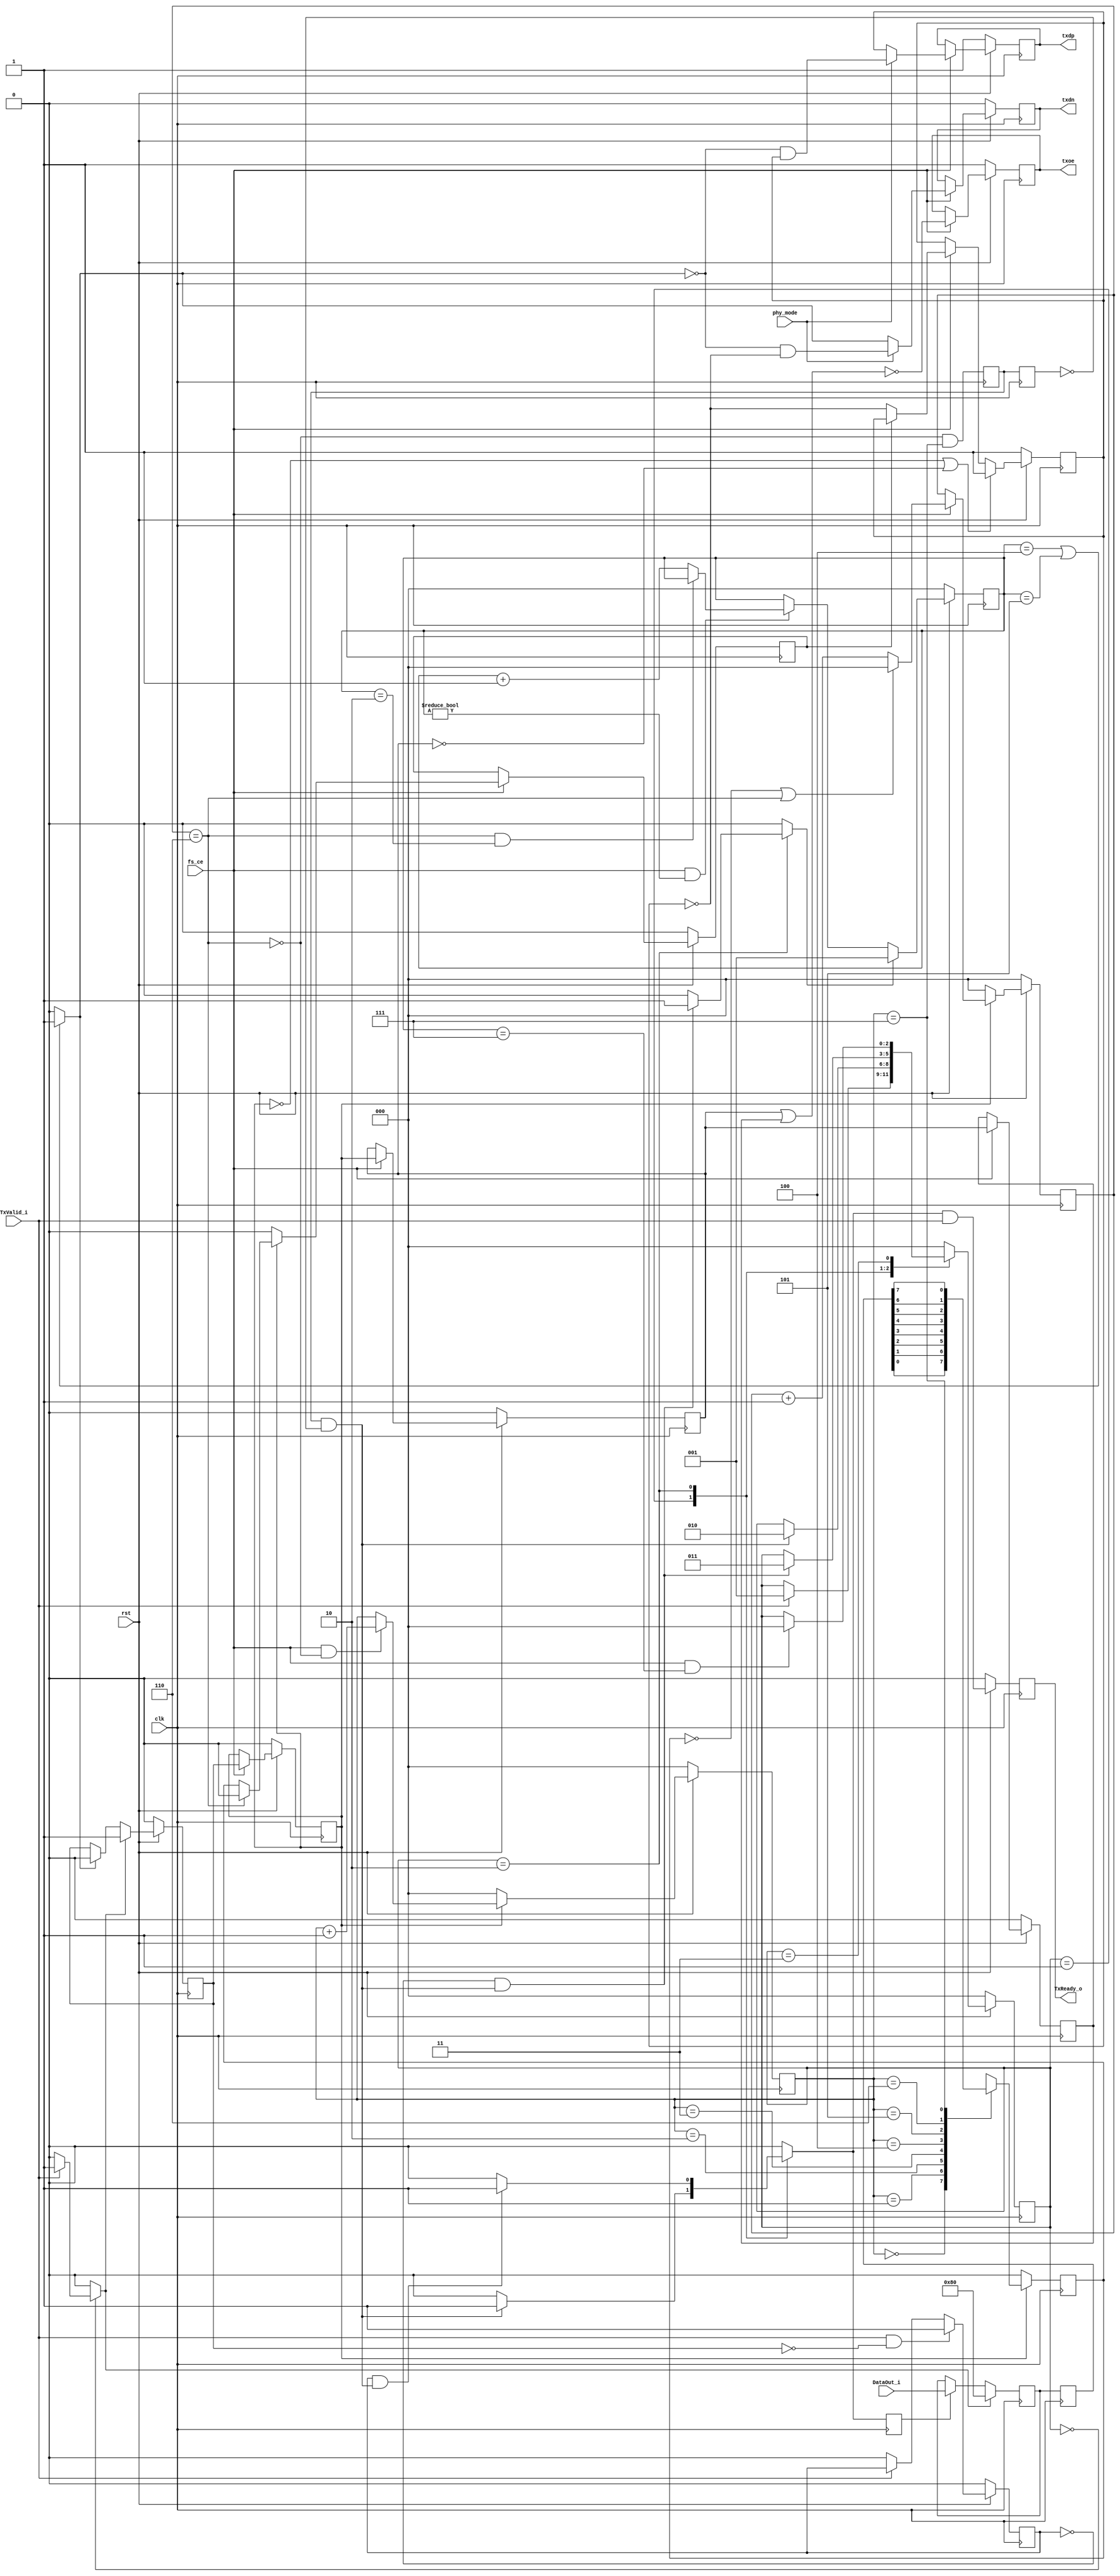
/////////////////////////////////////////////////////////////////////
////                                                             ////
////  USB 1.1 PHY                                                ////
////  TX                                                         ////
////                                                             ////
////                                                             ////
////          rudi@asics.ws                                      ////
////                                                             ////
////                                                             ////
////  Downloaded from: http://www.opencores.org/cores/usb_phy/   ////
////                                                             ////
/////////////////////////////////////////////////////////////////////
////                                                             ////
//// Copyright (C) 2000-2002 Rudolf Usselmann                    ////
////                         www.asics.ws                        ////
////                         rudi@asics.ws                       ////
////                                                             ////
//// This source file may be used and distributed without        ////
//// restriction provided that this copyright statement is not   ////
//// removed from the file and that any derivative work contains ////
//// the original copyright notice and the associated disclaimer.////
////                                                             ////
////     THIS SOFTWARE IS PROVIDED ``AS IS'' AND WITHOUT ANY     ////
//// EXPRESS OR IMPLIED WARRANTIES, INCLUDING, BUT NOT LIMITED   ////
//// TO, THE IMPLIED WARRANTIES OF MERCHANTABILITY AND FITNESS   ////
//// FOR A PARTICULAR PURPOSE. IN NO EVENT SHALL THE AUTHOR      ////
//// OR CONTRIBUTORS BE LIABLE FOR ANY DIRECT, INDIRECT,         ////
//// INCIDENTAL, SPECIAL, EXEMPLARY, OR CONSEQUENTIAL DAMAGES    ////
//// (INCLUDING, BUT NOT LIMITED TO, PROCUREMENT OF SUBSTITUTE   ////
//// GOODS OR SERVICES; LOSS OF USE, DATA, OR PROFITS; OR        ////
//// BUSINESS INTERRUPTION) HOWEVER CAUSED AND ON ANY THEORY OF  ////
//// LIABILITY, WHETHER IN  CONTRACT, STRICT LIABILITY, OR TORT  ////
//// (INCLUDING NEGLIGENCE OR OTHERWISE) ARISING IN ANY WAY OUT  ////
//// OF THE USE OF THIS SOFTWARE, EVEN IF ADVISED OF THE         ////
//// POSSIBILITY OF SUCH DAMAGE.                                 ////
////                                                             ////
/////////////////////////////////////////////////////////////////////

//  CVS Log
//
//  $Id: usb_tx_phy.v,v 1.4 2004-10-19 09:29:07 rudi Exp $
//
//  $Date: 2004-10-19 09:29:07 $
//  $Revision: 1.4 $
//  $Author: rudi $
//  $Locker:  $
//  $State: Exp $
//
// Change History:
//               $Log: not supported by cvs2svn $
//               Revision 1.3  2003/10/21 05:58:41  rudi
//               usb_rst is no longer or'ed with the incomming reset internally.
//               Now usb_rst is simply an output, the application can decide how
//               to utilize it.
//
//               Revision 1.2  2003/10/19 17:40:13  rudi
//               - Made core more robust against line noise
//               - Added Error Checking and Reporting
//               (See README.txt for more info)
//
//               Revision 1.1.1.1  2002/09/16 14:27:02  rudi
//               Created Directory Structure
//
//
//
//
//
//
//

module usb_tx_phy(
		clk, rst, fs_ce, phy_mode,
	
		// Transciever Interface
		txdp, txdn, txoe,	

		// UTMI Interface
		DataOut_i, TxValid_i, TxReady_o
		);

input		clk;
input		rst;
input		fs_ce;
input		phy_mode;
output		txdp, txdn, txoe;
input	[7:0]	DataOut_i;
input		TxValid_i;
output		TxReady_o;

///////////////////////////////////////////////////////////////////
//
// Local Wires and Registers
//

parameter IDLE	= 3'd0;
parameter SOP	= 3'h1;
parameter DATA	= 3'h2;
parameter EOP	= 3'h3;

reg		TxReady_o;
reg	[2:0]	state, next_state;
reg		tx_ready_d;
reg		ld_sop_d;
reg		ld_data_d;
reg		ld_eop_d;
reg		tx_ip;
reg		tx_ip_sync;
reg	[2:0]	bit_cnt;
reg	[7:0]	hold_reg;
reg	[7:0]	hold_reg_d;

reg	[2:0]	eop_cnt;
wire    eop_done;

reg		sd_raw_o;
wire		hold;
reg		data_done;
reg		sft_done;
reg		sft_done_r;
wire		sft_done_e;
reg		ld_data;
reg	[2:0]	one_cnt;
wire		stuff;
reg		sd_bs_o;
reg		sd_nrzi_o;
reg		txdp, txdn;
reg		txoe_r1, txoe_r2;
reg		txoe;

///////////////////////////////////////////////////////////////////
//
// Misc Logic
//

`ifdef USB_ASYNC_REST
always @(posedge clk or negedge rst)
`else
always @(posedge clk)
`endif
	if(!rst)	TxReady_o <= 1'b0;
	else		TxReady_o <= tx_ready_d & TxValid_i;

always @(posedge clk) ld_data <= ld_data_d;

///////////////////////////////////////////////////////////////////
//
// Transmit in progress indicator
//

`ifdef USB_ASYNC_REST
always @(posedge clk or negedge rst)
`else
always @(posedge clk)
`endif
	if(!rst)	tx_ip <= 1'b0;
	else
	if(ld_sop_d)	tx_ip <= 1'b1;
	else
	if(eop_done)	tx_ip <= 1'b0;

`ifdef USB_ASYNC_REST
always @(posedge clk or negedge rst)
`else
always @(posedge clk)
`endif
	if(!rst)		tx_ip_sync <= 1'b0;
	else
	if(fs_ce)		tx_ip_sync <= tx_ip;

// data_done helps us to catch cases where TxValid drops due to
// packet end and then gets re-asserted as a new packet starts.
// We might not see this because we are still transmitting.
// data_done should solve those cases ...
`ifdef USB_ASYNC_REST
always @(posedge clk or negedge rst)
`else
always @(posedge clk)
`endif
	if(!rst)			data_done <= 1'b0;
	else
	if(TxValid_i && ! tx_ip)	data_done <= 1'b1;
	else
	if(!TxValid_i)			data_done <= 1'b0;

///////////////////////////////////////////////////////////////////
//
// Shift Register
//

`ifdef USB_ASYNC_REST
always @(posedge clk or negedge rst)
`else
always @(posedge clk)
`endif
	if(!rst)		
	begin
	    bit_cnt <= 3'h0;
	end
	else
	if(!tx_ip_sync)		bit_cnt <= 3'h0;
	else
	if(fs_ce && !hold)
	begin	
	    bit_cnt <= bit_cnt + 3'h1;
	end

assign hold = stuff;

always @(posedge clk)
	if(!tx_ip_sync)		
	begin
	    sd_raw_o <= 1'b0;
	end
	else
	begin
	case(bit_cnt)	// synopsys full_case parallel_case
	   3'h0: sd_raw_o <= hold_reg_d[0];
	   3'h1: sd_raw_o <= hold_reg_d[1];
	   3'h2: sd_raw_o <= hold_reg_d[2];
	   3'h3: sd_raw_o <= hold_reg_d[3];
	   3'h4: sd_raw_o <= hold_reg_d[4];
	   3'h5: sd_raw_o <= hold_reg_d[5];
	   3'h6: sd_raw_o <= hold_reg_d[6];
	   3'h7: sd_raw_o <= hold_reg_d[7];
	endcase
	
`ifdef CONF_DISPLAY_USB_TX	
	if (fs_ce)
    case(bit_cnt)	// synopsys full_case parallel_case
	   3'h0: $display("\nTx0=%01d", hold_reg_d[0]);
	   3'h1: $display("Tx1=%01d", hold_reg_d[1]);
	   3'h2: $display("Tx2=%01d", hold_reg_d[2]);
	   3'h3: $display("Tx3=%01d", hold_reg_d[3]);
	   3'h4: $display("Tx4=%01d", hold_reg_d[4]);
	   3'h5: $display("Tx5=%01d", hold_reg_d[5]);
	   3'h6: $display("Tx6=%01d", hold_reg_d[6]);
	   3'h7: $display("Tx7=%01d", hold_reg_d[7]);
	endcase
`endif	
		
	end

always @(posedge clk)
	sft_done <= !hold & (bit_cnt == 3'h7);

always @(posedge clk)
	sft_done_r <= sft_done;

assign sft_done_e = sft_done & !sft_done_r;

// Out Data Hold Register
always @(posedge clk)
	if(ld_sop_d)	hold_reg <= 8'h80;
	else
	if(ld_data)	hold_reg <= DataOut_i;

always @(posedge clk) hold_reg_d <= hold_reg;

///////////////////////////////////////////////////////////////////
//
// Bit Stuffer
//

`ifdef USB_ASYNC_REST
always @(posedge clk or negedge rst)
`else
always @(posedge clk)
`endif
	if(!rst)	one_cnt <= 3'h0;
	else
	if(!tx_ip_sync)	one_cnt <= 3'h0;
	else
	if(fs_ce)
	   begin
		if(!sd_raw_o || stuff)	one_cnt <= 3'h0;
		else			one_cnt <= one_cnt + 3'h1;
	   end

assign stuff = (one_cnt==3'h6);

`ifdef USB_ASYNC_REST
always @(posedge clk or negedge rst)
`else
always @(posedge clk)
`endif
	if(!rst)	sd_bs_o <= 1'h0;
	else
	if(fs_ce)	sd_bs_o <= !tx_ip_sync ? 1'b0 : (stuff ? 1'b0 : sd_raw_o);

///////////////////////////////////////////////////////////////////
//
// NRZI Encoder
//

`ifdef USB_ASYNC_REST
always @(posedge clk or negedge rst)
`else
always @(posedge clk)
`endif
	if(!rst)			sd_nrzi_o <= 1'b1;
	else
	if(!tx_ip_sync || !txoe_r1)	sd_nrzi_o <= 1'b1;
	else
	if(fs_ce)			sd_nrzi_o <= sd_bs_o ? sd_nrzi_o : ~sd_nrzi_o;

///////////////////////////////////////////////////////////////////
//
// EOP append logic
//

`ifdef USB_ASYNC_REST
always @(posedge clk or negedge rst)
`else
always @(posedge clk)
`endif
	if(!rst)	
	begin
	    eop_cnt <= 3'b000;
	end
	else
	begin
	    if (ld_eop_d)
	        eop_cnt <= 3'b001;
	    else if(fs_ce && eop_cnt != 3'b000)	
	    begin
	        if (stuff && eop_cnt == 3'b010)
	            eop_cnt <= eop_cnt;
	        else
	            eop_cnt <= eop_cnt + 1;
	    end
    end	    


assign eop_done = (eop_cnt == 3'h4 || eop_cnt == 3'h5) ? 1'b1 : 1'b0;

///////////////////////////////////////////////////////////////////
//
// Output Enable Logic
//

`ifdef USB_ASYNC_REST
always @(posedge clk or negedge rst)
`else
always @(posedge clk)
`endif
	if(!rst)	txoe_r1 <= 1'b0;
	else
	if(fs_ce)	txoe_r1 <= tx_ip_sync;

`ifdef USB_ASYNC_REST
always @(posedge clk or negedge rst)
`else
always @(posedge clk)
`endif
	if(!rst)	txoe_r2 <= 1'b0;
	else
	if(fs_ce)	txoe_r2 <= txoe_r1;

`ifdef USB_ASYNC_REST
always @(posedge clk or negedge rst)
`else
always @(posedge clk)
`endif
	if(!rst)	txoe <= 1'b1;
	else
	if(fs_ce)	txoe <= !(txoe_r1 | txoe_r2);

///////////////////////////////////////////////////////////////////
//
// Output Registers
//

`ifdef USB_ASYNC_REST
always @(posedge clk or negedge rst)
`else
always @(posedge clk)
`endif
	if(!rst)	txdp <= 1'b1;
	else
	if(fs_ce)	txdp <= phy_mode ?
						(!eop_done &  sd_nrzi_o) : sd_nrzi_o;

`ifdef USB_ASYNC_REST
always @(posedge clk or negedge rst)
`else
always @(posedge clk)
`endif
	if(!rst)	txdn <= 1'b0;
	else
	begin
	    if(fs_ce)	
	            txdn <= phy_mode ?
						(!eop_done & ~sd_nrzi_o) : eop_done;
	end

///////////////////////////////////////////////////////////////////
//
// Tx state machine
//

`ifdef USB_ASYNC_REST
always @(posedge clk or negedge rst)
`else
always @(posedge clk)
`endif
	if(!rst)	state <= IDLE;
	else		state <= next_state;

always @(state or TxValid_i or data_done or sft_done_e or  fs_ce or eop_cnt)
   begin
	next_state = state;
	tx_ready_d = 1'b0;

	ld_sop_d = 1'b0;
	ld_data_d = 1'b0;
	ld_eop_d = 1'b0;

	case(state)	// synopsys full_case parallel_case
	   IDLE:
			if(TxValid_i)
			   begin
				ld_sop_d = 1'b1;
				next_state = SOP;
			   end
	   SOP:
			if(sft_done_e)
			   begin
				tx_ready_d = 1'b1;
				ld_data_d = 1'b1;
				next_state = DATA;
			   end
	   DATA:
		   begin
			if(!data_done && sft_done_e)
			   begin
				ld_eop_d = 1'b1;
				next_state = EOP;
			   end
			
			if(data_done && sft_done_e)
			   begin
				tx_ready_d = 1'b1;
				ld_data_d = 1'b1;
			   end
		   end
	   EOP:
			if(fs_ce && eop_cnt == 3'h7) 
			    next_state = IDLE;
       default :
            next_state = IDLE;
	endcase
   end

endmodule